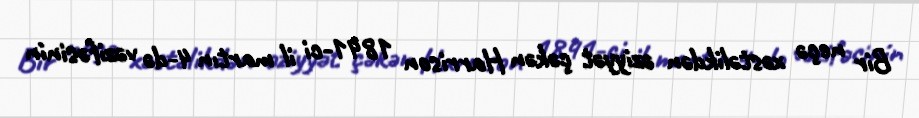
Bir neçə xəstəlikdən əziyyət çəkən Harrison 1841-ci il martın 4-də vəzifəsinin